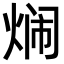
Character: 𬊢